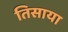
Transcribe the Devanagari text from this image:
तिसाया